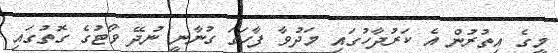
މީގެ އިތުރުން އެ ކަރުދާހުގައި މަދުވާ ފާހަގަ ގުނާނީ ނުދޭ ވޯޓުގެ ގޮތުގައި